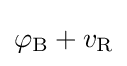
\varphi _{\text{B}}+v_{\text{R}}